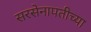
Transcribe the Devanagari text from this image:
सरसेनापतीच्या